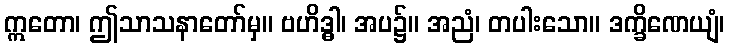
ဣတော၊ ဤသာသနာတော်မှ။ ဗဟိဒ္ဓါ၊ အပ၌။ အညံ၊ တပါးသော။ ဒက္ခိဏေယျံ၊